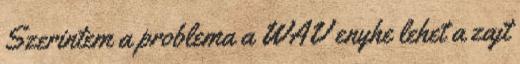
Szerintem a problema a WAV enyhe lehet a zajt